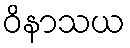
ဝိနာသယ